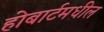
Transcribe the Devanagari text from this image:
होबार्टमधील